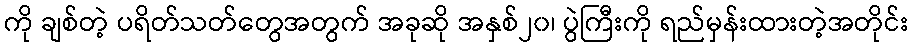
ကို ချစ်တဲ့ ပရိတ်သတ်တွေအတွက် အခုဆို အနှစ်၂၀၊ ပွဲကြီးကို ရည်မှန်းထားတဲ့အတိုင်း